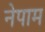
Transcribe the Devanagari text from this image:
नेपाम